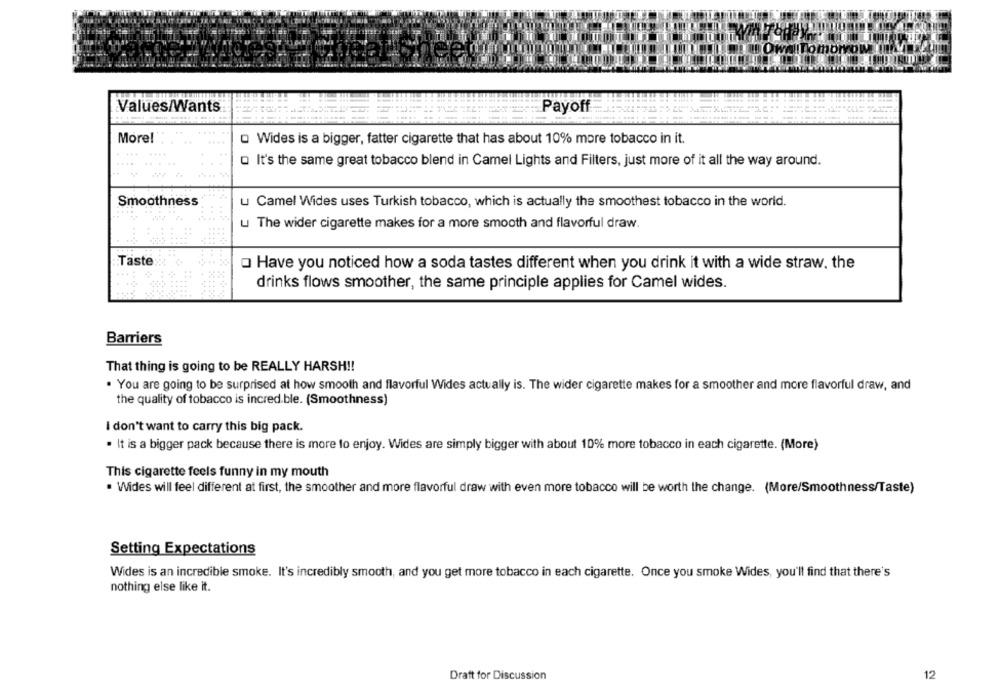
Tomorrow
Values/Wants
Payoff
More!
O Wides is a bigger, fatter cigarette that has about 10% more tobacco in it.
....
O It's the same great tobacco blend in Camel Lights and Filters, just more of it all the way around.
Smoothness
u Camel Wides uses Turkish tobacco, which is actually the smoothest tobacco in the world.
u The wider cigarette makes for a more smooth and flavorful draw.
Taste:
Have you noticed how a soda tastes different when you drink it with a wide straw, the
drinks flows smoother, the same principle applies for Camel wides.
Barriers
That thing is going to be REALLY HARSH !!
. You are going to be surprised at how smooth and flavorful Wides actually is. The wider cigarette makes for a smoother and more flavorful draw, and
the quality of tobacco is incred.ble. (Smoothness)
I don't want to carry this big pack.
. It is a bigger pack because there is more to enjoy. Wides are simply bigger with about 10% more tobacco in each cigarette. (More)
This cigarette feels funny in my mouth
· Wides will feel different at first, the smoother and more flavorful draw with even more tobacco will be worth the change. (More/Smoothness/Taste)
Setting Expectations
Wides is an incredible smoke. It's incredibly smooth, and you get more tobacco in each cigarette. Once you smoke Wides, you'll find that there's
nothing else like it.
Draft for Discussion
12